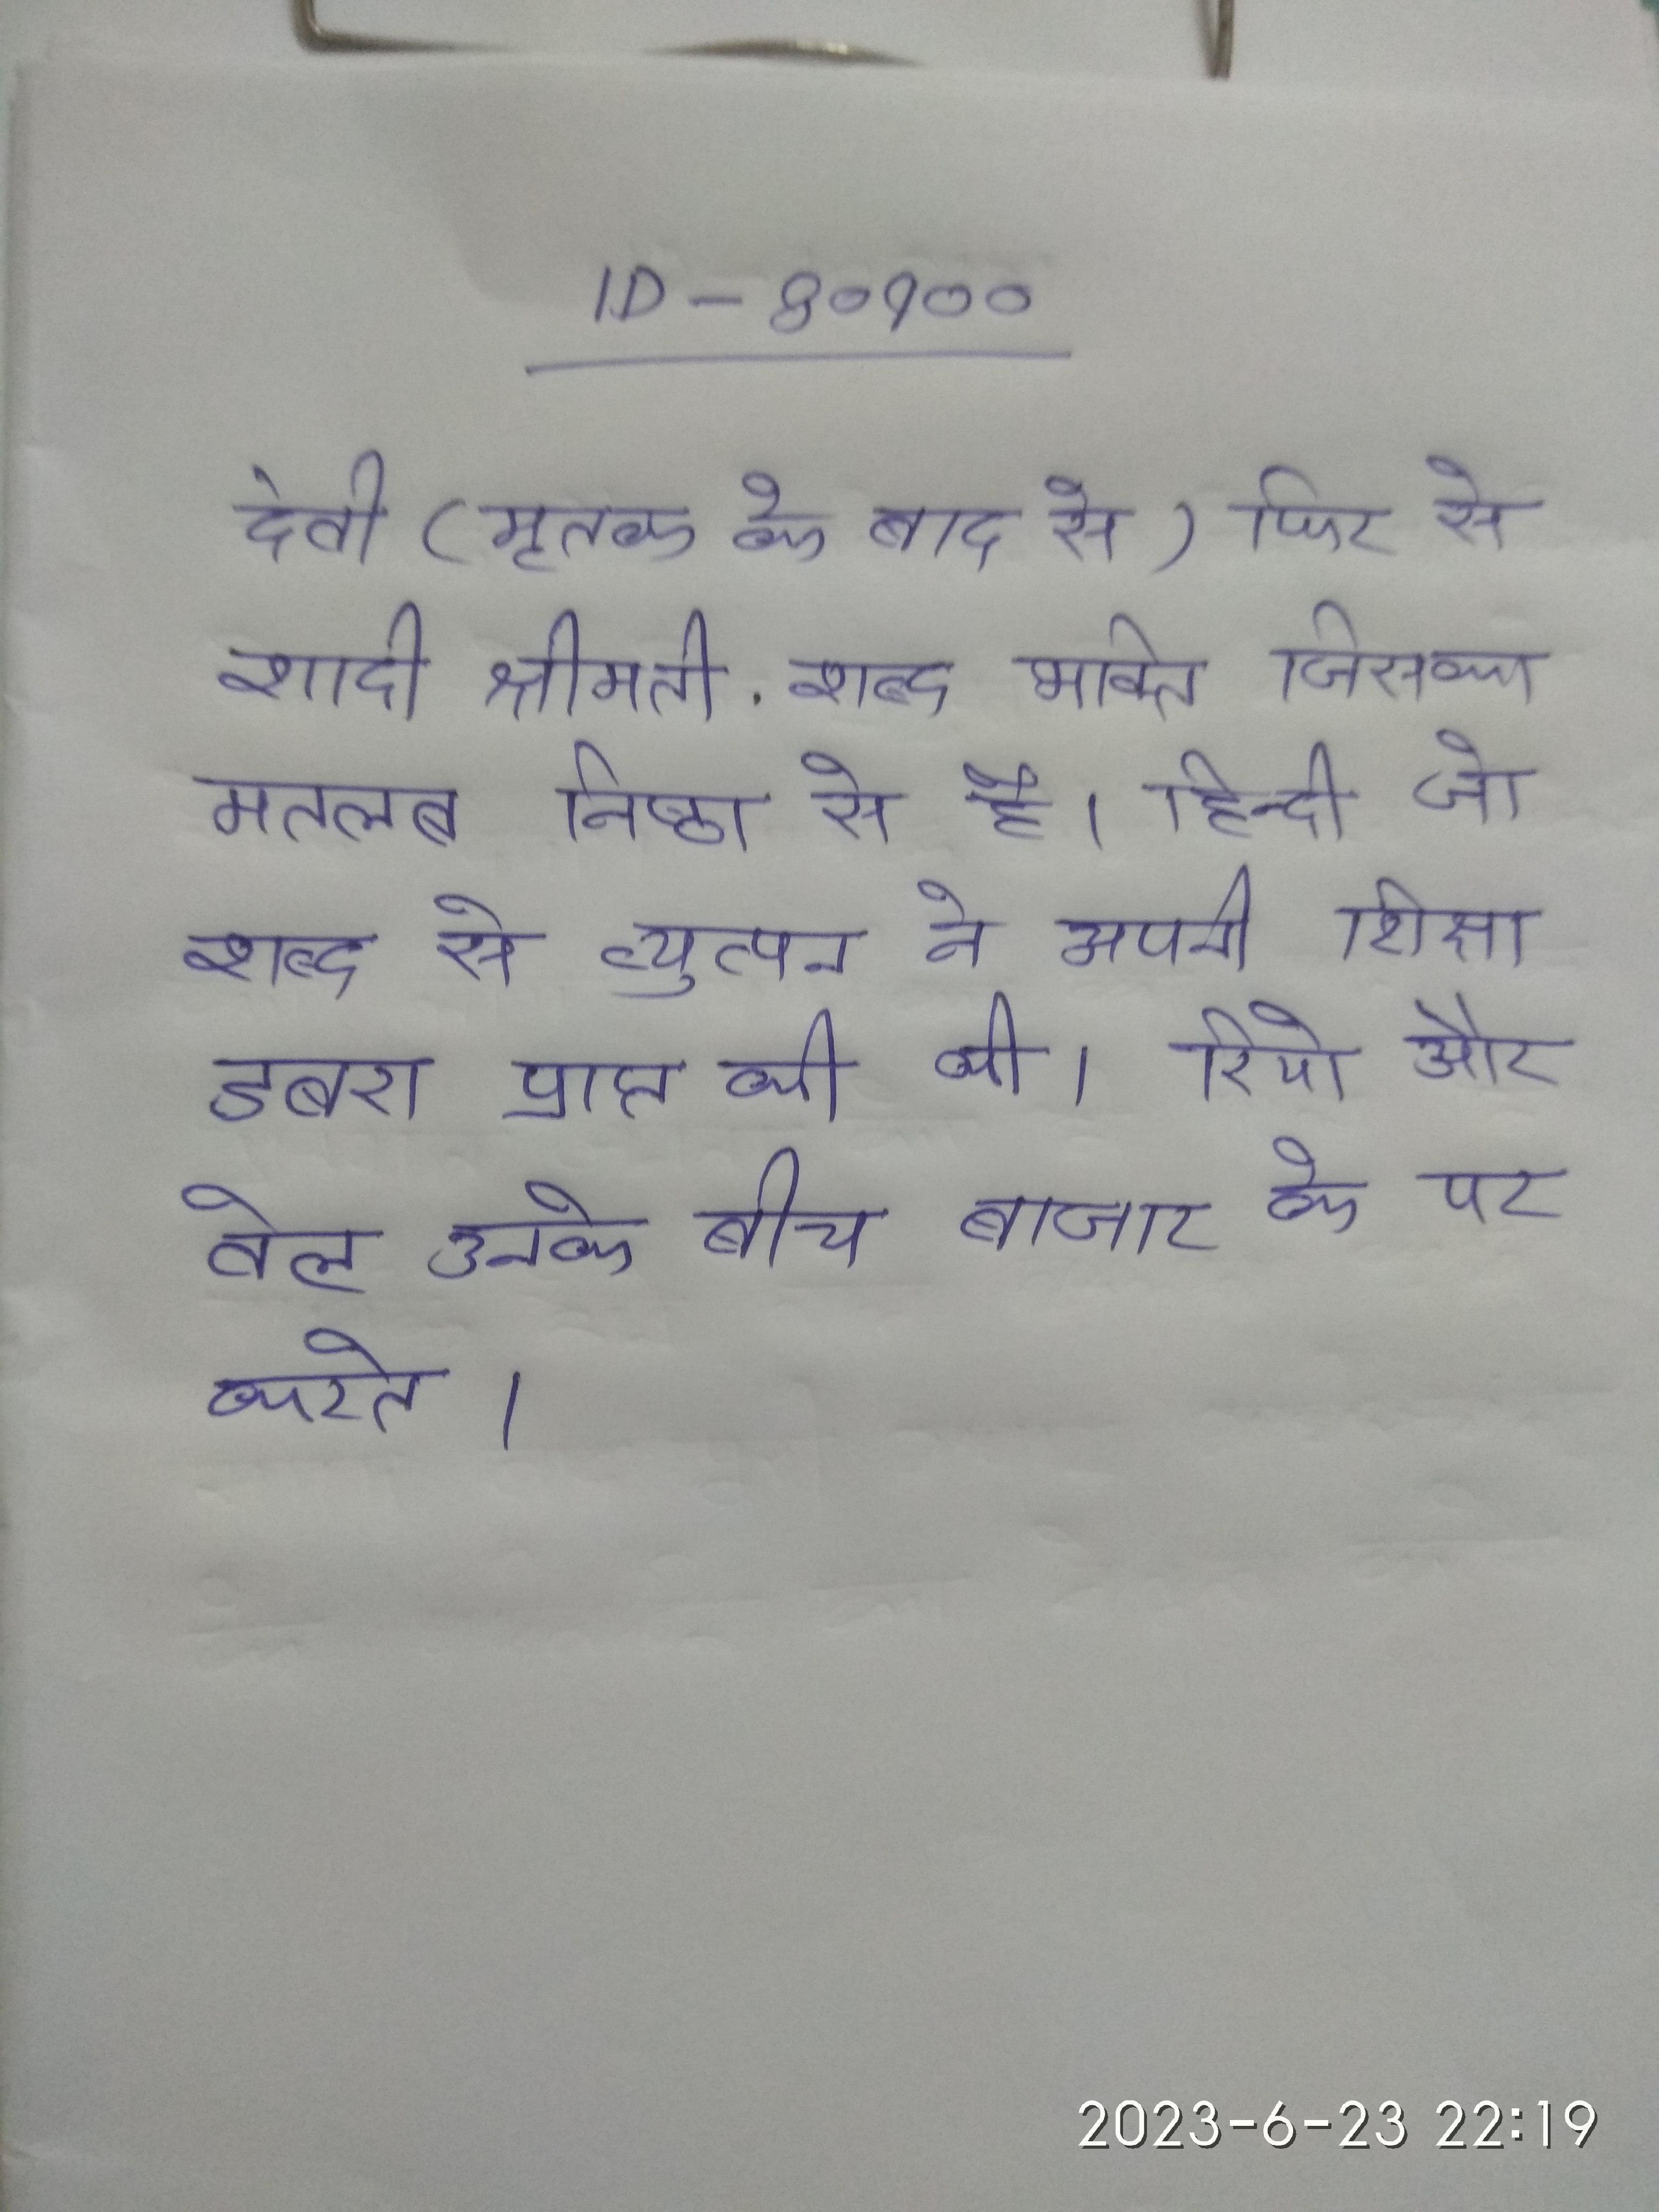
देवी (मृतक के बाद से);फिर से शादी, श्रीमती . शब्द भक्ति जिसका मतलब "निष्ठा" से है । हिन्दी जो शब्द से व्युत्पन । ने अपनी शिक्षा डबरा प्राप्त की थी । रियो और वेल उनके बीच बाजार के पर करते ।